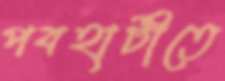
পবহাটীতে